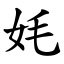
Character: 㚪